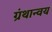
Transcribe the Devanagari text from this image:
ग्रंथान्वय